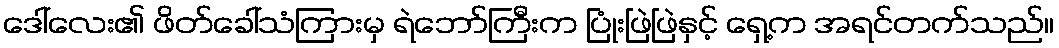
ဒေါ်လေး၏ ဖိတ်ခေါ်သံကြားမှ ရဲဘော်ကြီးက ပြုံးဖြဲဖြဲနှင့် ရှေ့က အရင်တက်သည်။